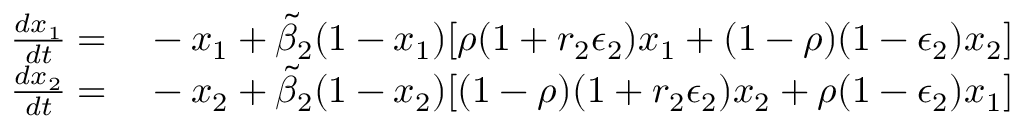
\begin{array} { r l } { \frac { d x _ { 1 } } { d t } = } & { { } - x _ { 1 } + \widetilde { \beta } _ { 2 } ( 1 - x _ { 1 } ) [ \rho ( 1 + r _ { 2 } \epsilon _ { 2 } ) x _ { 1 } + ( 1 - \rho ) ( 1 - \epsilon _ { 2 } ) x _ { 2 } ] } \\ { \frac { d x _ { 2 } } { d t } = } & { { } - x _ { 2 } + \widetilde { \beta } _ { 2 } ( 1 - x _ { 2 } ) [ ( 1 - \rho ) ( 1 + r _ { 2 } \epsilon _ { 2 } ) x _ { 2 } + \rho ( 1 - \epsilon _ { 2 } ) x _ { 1 } ] } \end{array}